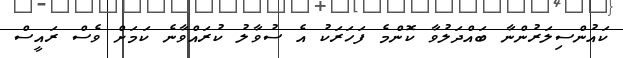
ކައުންސިލަރުންނާ ބައްދަލުވާ ކޮންމެ ފަހަރަކު އެ ސުވާލު ކުރައްވާނެ ކަމަށް ވެސް ރައީސް